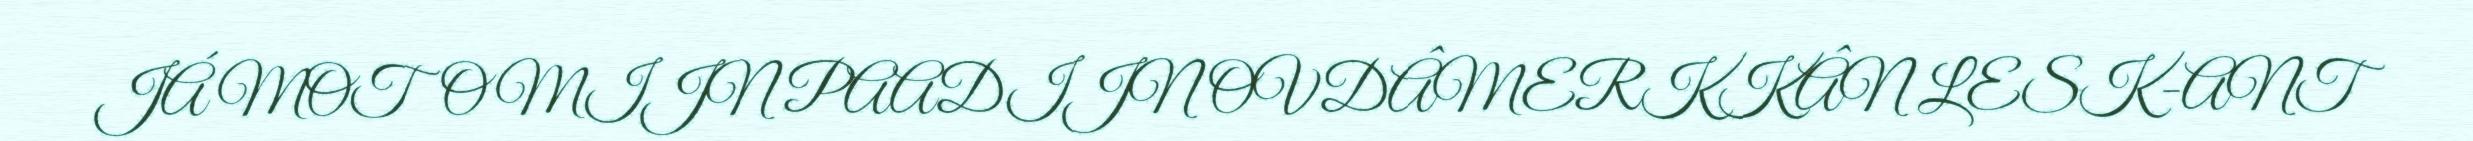
JÁ MOTOMIJN PAADIJN OVDÂMERKKÂN LESK-ANT